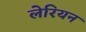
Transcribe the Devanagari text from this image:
लेरियन